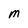
Character: M